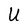
Character: U